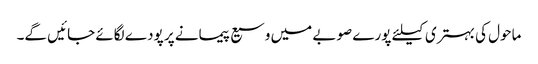
ماحول کی بہتری کیلئے پورے صوبے میں وسیع پیمانے پر پودے لگائے جائیں گے۔